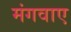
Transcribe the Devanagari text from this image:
मंगवाए